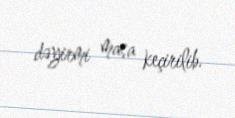
dəyirmi masa keçirilib.